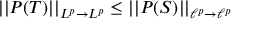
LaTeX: | | P ( T ) | | _ { L ^ { p } \to L ^ { p } } \leq | | P ( S ) | | _ { \ell ^ { p } \to \ell ^ { p } }